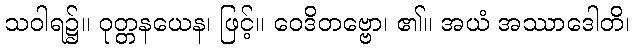
သဝါရ၌။ ဝုတ္တနယေန၊ ဖြင့်။ ဝေဒိတဗ္ဗော၊ ၏။ အယံ အဿာဒေါတိ၊